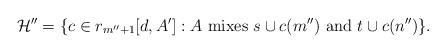
LaTeX: \begin{align*}\mathcal{H}''=\{c\in r_{m''+1}[d,A']:A\mathrm{\ mixes\ } s\cup c(m'')\mathrm{\ and\ } t\cup c(n'')\}.\end{align*}